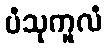
ပံသုကူလံ